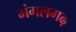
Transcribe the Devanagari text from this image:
मंगलगढ़